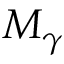
M _ { \gamma }